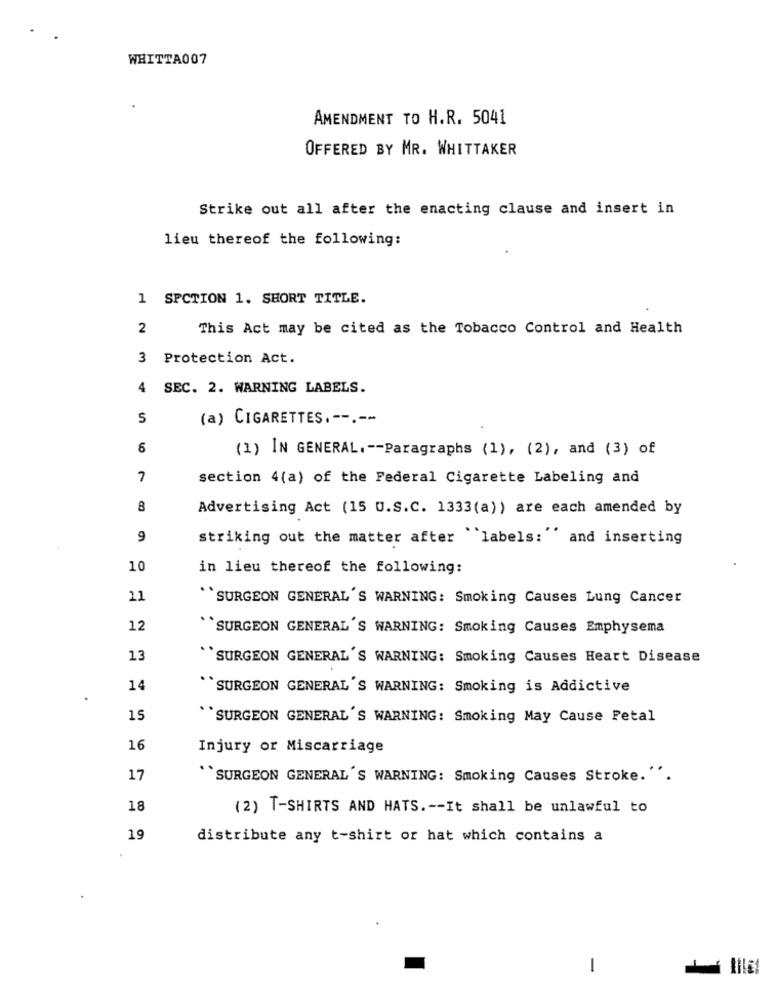
WHITTA007
AMENDMENT TO H.R. 5041
OFFERED BY MR. WHITTAKER
Strike out all after the enacting clause and insert in
lieu thereof the following:
1 SPCTION 1. SHORT TITLE.
2
This Act may be cited as the Tobacco Control and Health
3 Protection Act.
4
SEC. 2. WARNING LABELS.
S
(a) CIGARETTES .--.--
6
(1) IN GENERAL .-- Paragraphs (1), (2), and (3) of
7
section 4(a) of the Federal Cigarette Labeling and
8
Advertising Act (15 U.S.C. 1333(a)) are each amended by
9
striking out the matter after "labels: "' and inserting
10
in lieu thereof the following:
11
``SURGEON GENERAL'S WARNING: Smoking Causes Lung Cancer
12
``SURGEON GENERAL'S WARNING: Smoking Causes Emphysema
13
``SURGEON GENERAL'S WARNING: Smoking Causes Heart Disease
...
14
SURGEON GENERAL'S WARNING: Smoking is Addictive
15
"SURGEON GENERAL'S WARNING: Smoking May Cause Petal
16
Injury or Miscarriage
17
``SURGEON GENERAL 'S WARNING: Smoking Causes Stroke. ".
18
(2) T-SHIRTS AND HATS .-- It shall be unlawful to
19
distribute any t-shirt or hat which contains a
1